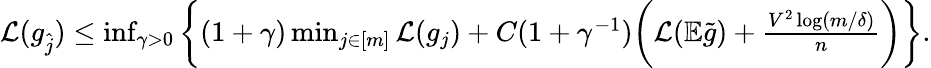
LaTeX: \begin{array}{r}{\mathcal{L}(g_{\widehat{j}})\leq\operatorname*{inf}_{\gamma>0}\bigg\{ (1+\gamma)\operatorname*{min}_{j\in[m]}\mathcal{L}(g_{j})+C(1+\gamma^{-1})\bigg(\mathcal{L}(\mathbb{E}\widetilde{g})+\frac{V^{2}\log(m/\delta)}{n}\bigg)\bigg\} .}\end{array}